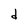
Character: d